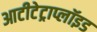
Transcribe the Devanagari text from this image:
आटीटेट्राप्लॉइड